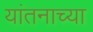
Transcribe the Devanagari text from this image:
यांतनाच्या